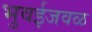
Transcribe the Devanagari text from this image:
भुवईजवळ